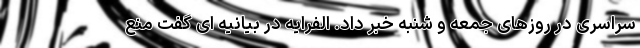
سراسری در روزهای جمعه و شنبه خبر داد. الفرایه در بیانیه ای گفت منع